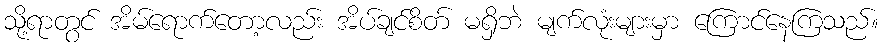
သို့ရာတွင် အိမ်ရောက်တော့လည်း အိပ်ချင်စိတ် မရှိဘဲ မျက်လုံးများမှာ ကြောင်နေကြသည်။